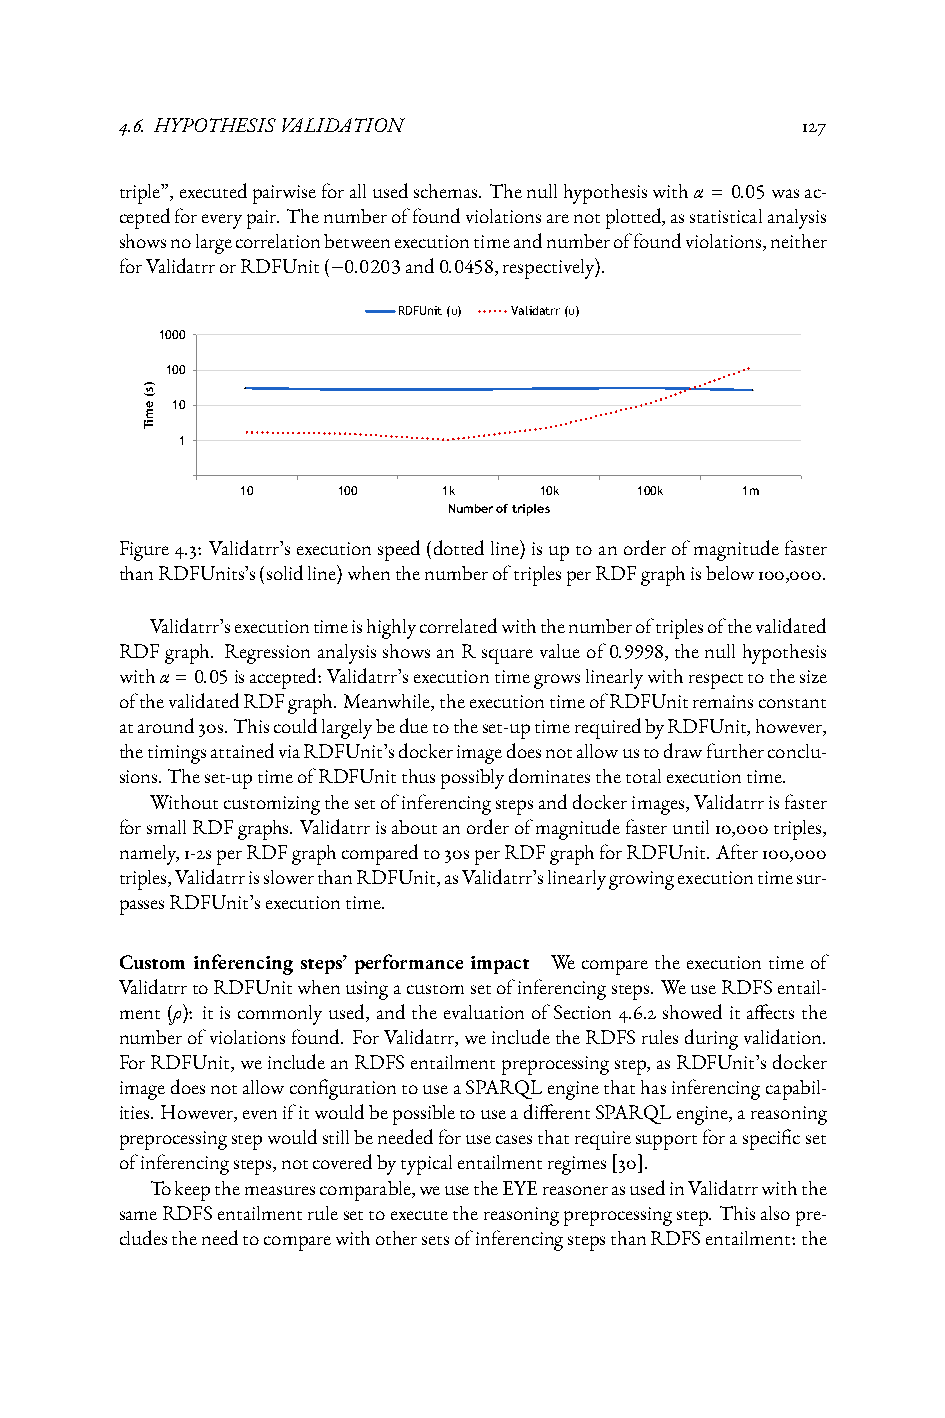
4.6. HYPOTHESISVALIDATION                    127
 triple”,executedpairwiseforallusedschemas. Thenullhypothesiswithα = 0.05wasac-
 ceptedforeverypair.Thenumberoffoundviolationsarenotplotted,asstatisticalanalysis
 showsnolargecorrelationbetweenexecutiontimeandnumberoffoundviolations,neither
 forValidatrrorRDFUnit(−0.0203and0.0458,respectively).
 RDFUnit (υ) Validatrr (υ)
 1000
 100
 )s(
 e 10
 m
 iT
 1
 10    100    1k     10k   100k   1m
 Number of triples
 Figure4.3: Validatrr’sexecutionspeed(dottedline)isuptoanorderofmagnitudefaster
 thanRDFUnits’s(solidline)whenthenumberoftriplesperRDFgraphisbelow100,000.
 Validatrr’sexecutiontimeishighlycorrelatedwiththenumberoftriplesofthevalidated
 RDFgraph. RegressionanalysisshowsanRsquarevalueof0.9998,thenullhypothesis
 withα=0.05isaccepted:Validatrr’sexecutiontimegrowslinearlywithrespecttothesize
 ofthevalidatedRDFgraph.Meanwhile,theexecutiontimeofRDFUnitremainsconstant
 ataround30s.Thiscouldlargelybeduetotheset-uptimerequiredbyRDFUnit,however,
 thetimingsattainedviaRDFUnit’sdockerimagedoesnotallowustodrawfurtherconclu-
 sions.Theset-uptimeofRDFUnitthuspossiblydominatesthetotalexecutiontime.
 Withoutcustomizingthesetofinferencingstepsanddockerimages,Validatrrisfaster
 forsmallRDFgraphs.Validatrrisaboutanorderofmagnitudefasteruntil10,000triples,
 namely,1-2sperRDFgraphcomparedto30sperRDFgraphforRDFUnit.After100,000
 triples,ValidatrrisslowerthanRDFUnit,asValidatrr’slinearlygrowingexecutiontimesur-
 passesRDFUnit’sexecutiontime.
 Custom inferencing steps’ performance impact Wecomparetheexecutiontimeof
 ValidatrrtoRDFUnitwhenusingacustomsetofinferencingsteps.WeuseRDFSentail-
 ment(ρ): itiscommonlyused, andtheevaluationofSection4.6.2showeditaffectsthe
 numberofviolationsfound. ForValidatrr,weincludetheRDFSrulesduringvalidation.
 ForRDFUnit,weincludeanRDFSentailmentpreprocessingstep,asRDFUnit’sdocker
 imagedoesnotallowconfigurationtouseaSPARQLenginethathasinferencingcapabil-
 ities.However,evenifitwouldbepossibletouseadifferentSPARQLengine,areasoning
 preprocessingstepwouldstillbeneededforusecasesthatrequiresupportforaspecificset
 ofinferencingsteps,notcoveredbytypicalentailmentregimes[30].
 Tokeepthemeasurescomparable,weusetheEYEreasonerasusedinValidatrrwiththe
 sameRDFSentailmentrulesettoexecutethereasoningpreprocessingstep.Thisalsopre-
 cludestheneedtocomparewithothersetsofinferencingstepsthanRDFSentailment:the